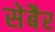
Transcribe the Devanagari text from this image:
सेबैर